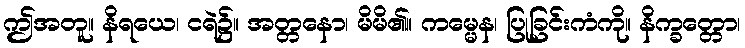
ဤအတူ။ နိရယေ၊ ငရဲ၌။ အတ္တနော၊ မိမိ၏။ ကမ္မေန၊ ပြုခြင်းကံကို။ နိက္ခတ္တော၊